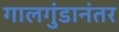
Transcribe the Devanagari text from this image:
गालगुंडानंतर